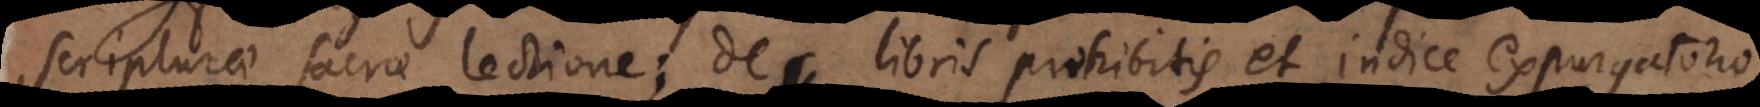
scripturae sacrae lectione; de libris prohibitis et indice expurgatorio,